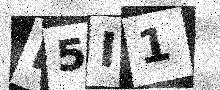
Text: H5I1